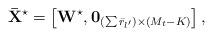
LaTeX: \begin{align*} {{\bf{\bar X}}^{\star}} = \left[ {{{\bf{W}}^{\star}},{{\bf{0}}_{\left( {\sum {{{\bar r}_{l'}}} } \right) \times \left( {{M_t} - K} \right)}}} \right], \end{align*}